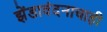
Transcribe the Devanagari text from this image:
झेंडावंदनाचाही